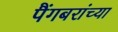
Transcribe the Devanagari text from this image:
पैंगबरांच्या